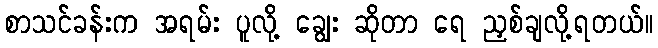
စာသင်ခန်းက အရမ်း ပူလို့ ချွေး ဆိုတာ ရေ ညှစ်ချလို့ရတယ်။